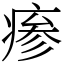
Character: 瘆